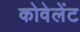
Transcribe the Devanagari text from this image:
कोवेलेंट